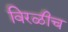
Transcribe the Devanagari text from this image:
विरळीच